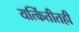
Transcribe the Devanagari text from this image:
यत्किंतीतही